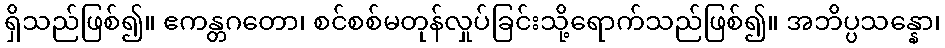
ရှိသည်ဖြစ်၍။ ဧကန္တဂတော၊ စင်စစ်မတုန်လှုပ်ခြင်းသို့ရောက်သည်ဖြစ်၍။ အဘိပ္ပသန္နော၊